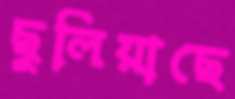
ছুলিয়াছে